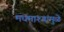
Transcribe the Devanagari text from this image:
मधमाश्यांमुळे